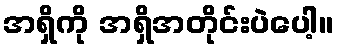
အရှိကို အရှိအတိုင်းပဲပေါ့။